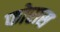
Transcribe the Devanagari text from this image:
फोरास